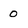
Character: 0